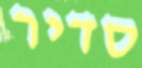
סדיר